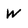
Character: W